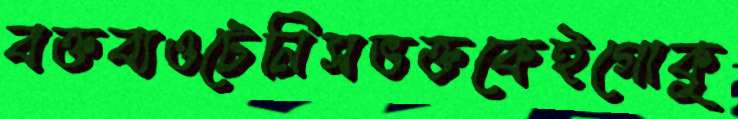
বক্তব্যওটেনিসভক্তকেইগোকু